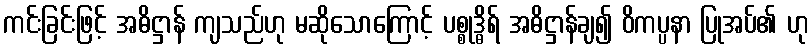
ကင်းခြင်းဖြင့် အဓိဋ္ဌာန် ကျသည်ဟု မဆိုသောကြောင့် ပစ္စုဒ္ဓိရ် အဓိဋ္ဌာန်ချ၍ ဝိကပ္ပနာ ပြုအပ်၏ ဟု